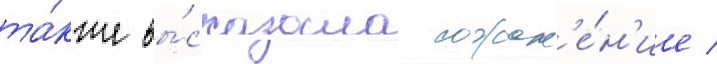
та́кже вы́сказала сожал'е́н'ие /